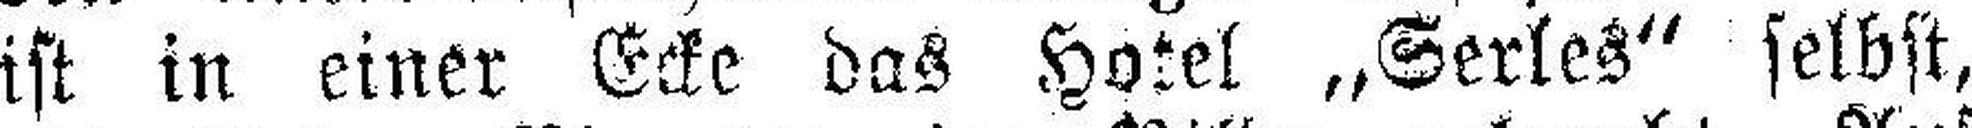
ist in einer Ecke das Hotel „Serles" selbst,